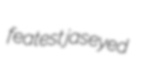
featest jaseyed